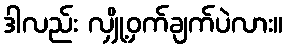
ဒါလည်း လျှို့ဝှက်ချက်ပဲလား။